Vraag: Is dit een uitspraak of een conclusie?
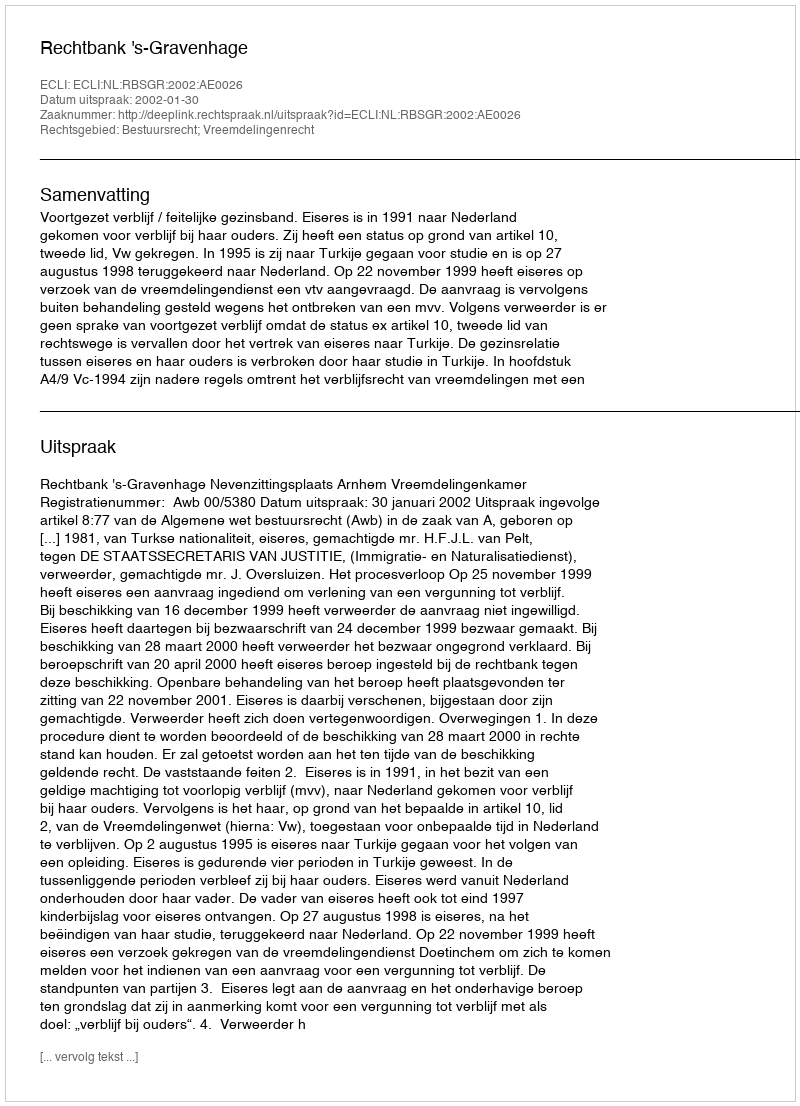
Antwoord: Uitspraak